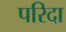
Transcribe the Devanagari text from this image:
परिदा